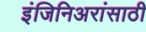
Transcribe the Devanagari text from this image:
इंजिनिअरांसाठी